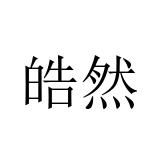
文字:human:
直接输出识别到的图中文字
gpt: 皓然